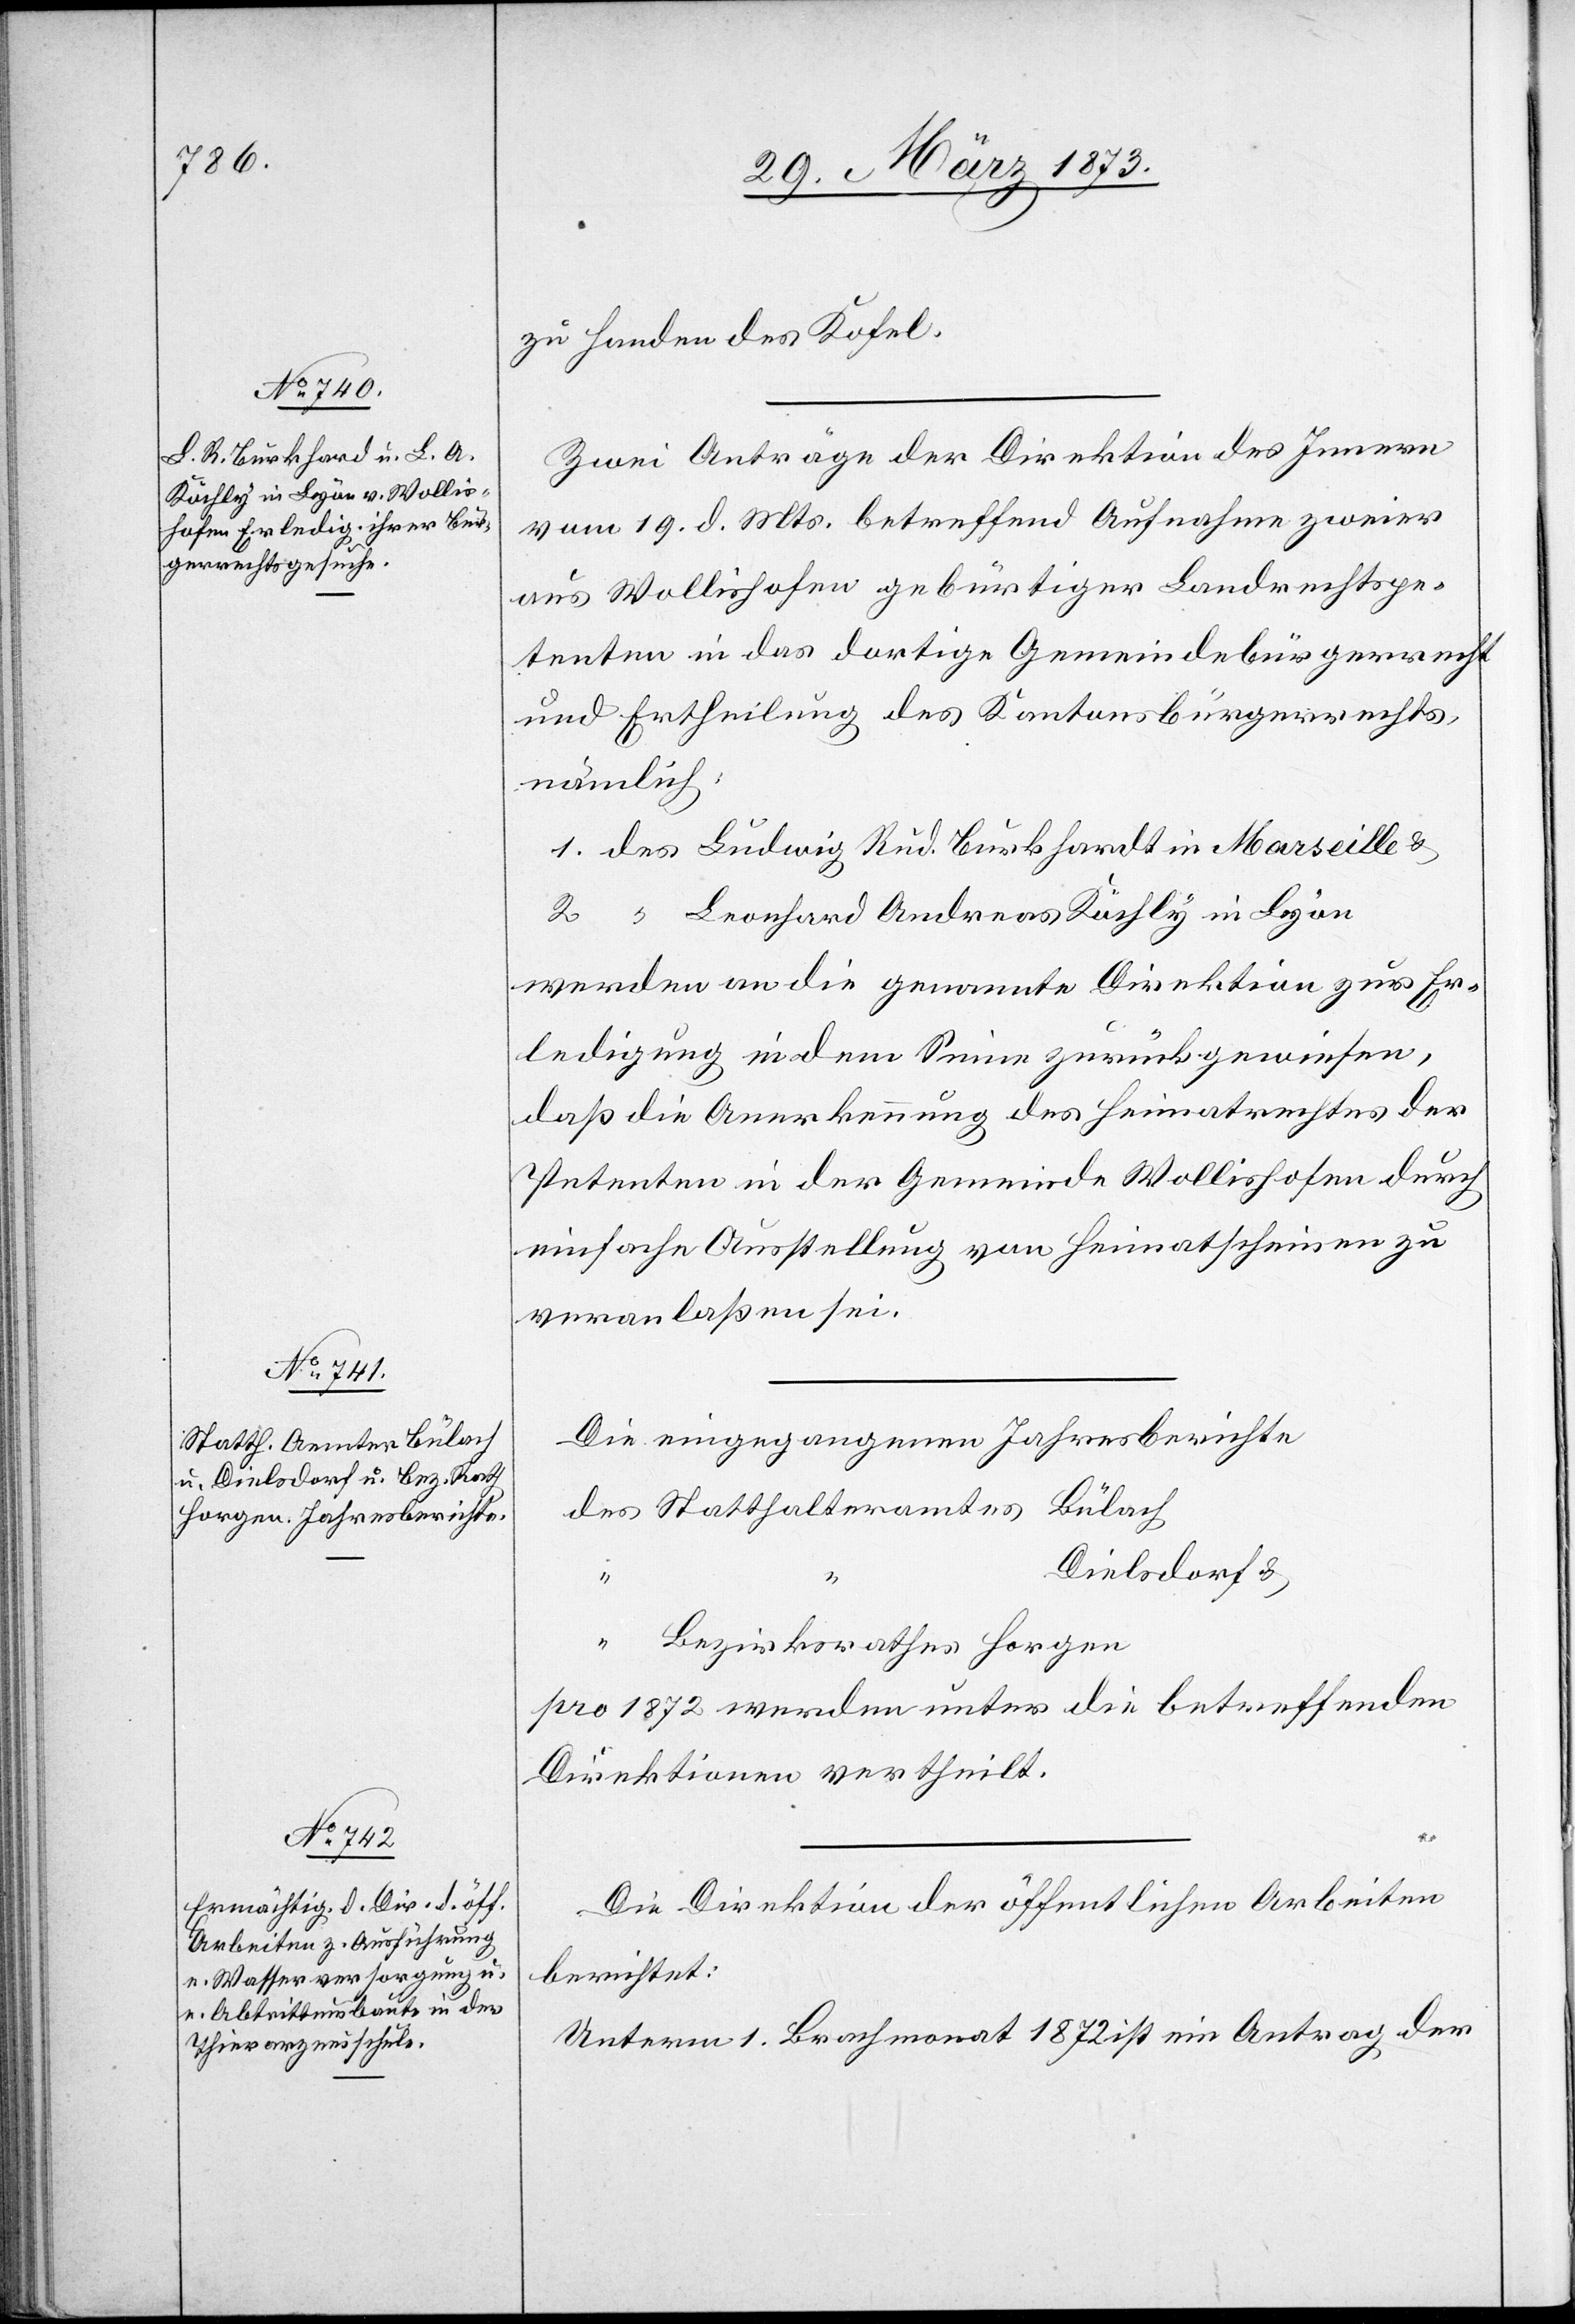
zu Handen des Kosel.
Zwei Anträge der Direktion des Innern
vom 19. d. Mts. betreffend Aufnahme zweier
aus Wollishofen gebürtiger Landrechtspe¬
tenten in das dortige Gemeindebürgerrecht
und Ertheilung des Kantonsbürgerrechts,
nämlich:
1. des Ludwig Rud. Burkhardt [sic!] in Marseille u.
2. “ Leonhard Andreas Röchly in Lyon
werden an die genannte Direktion zur Er¬
ledigung in dem Sinne zurückgewiesen,
daß die Anerkennung des Heimatrechtes der
Petenten in der Gemeinde Wollishofen durch
einfache Ausstellung von Heimatscheinen zu
veranlaßen sei.
Die eingegangenen Jahresberichte
des Statthalteramtes Bülach
Dielsdorf u.
“
Bezirksrathes Horgen
pro 1872 werden unter die betreffenden
Direktionen vertheilt.
Die Direktion der öffentlichen Arbeiten
berichtet:
Unterm 1. Brachmonat 1872 ist ein Antrag der